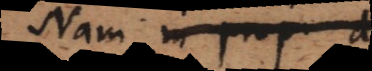
Nam in prop. d